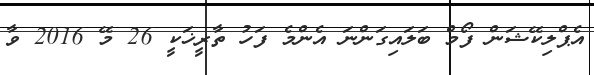
އެޕްލިކޭޝަން ފޯމް ބަލައިގަންނަ އެންމެ ފަހު ތާރީޚަކީ 26 މޭ 2016 ވާ